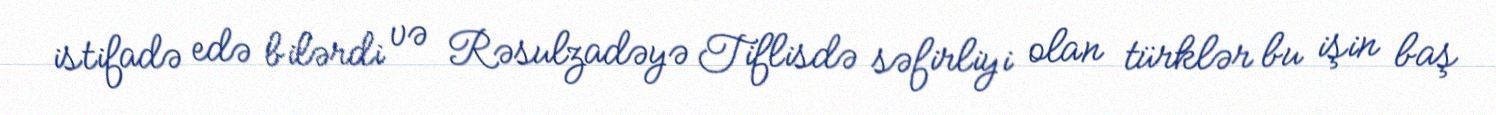
istifadə edə bilərdi və Rəsulzadəyə Tiflisdə səfirliyi olan türklər bu işin baş